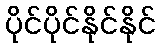
ပိုင်ပိုင်နိုင်နိုင်